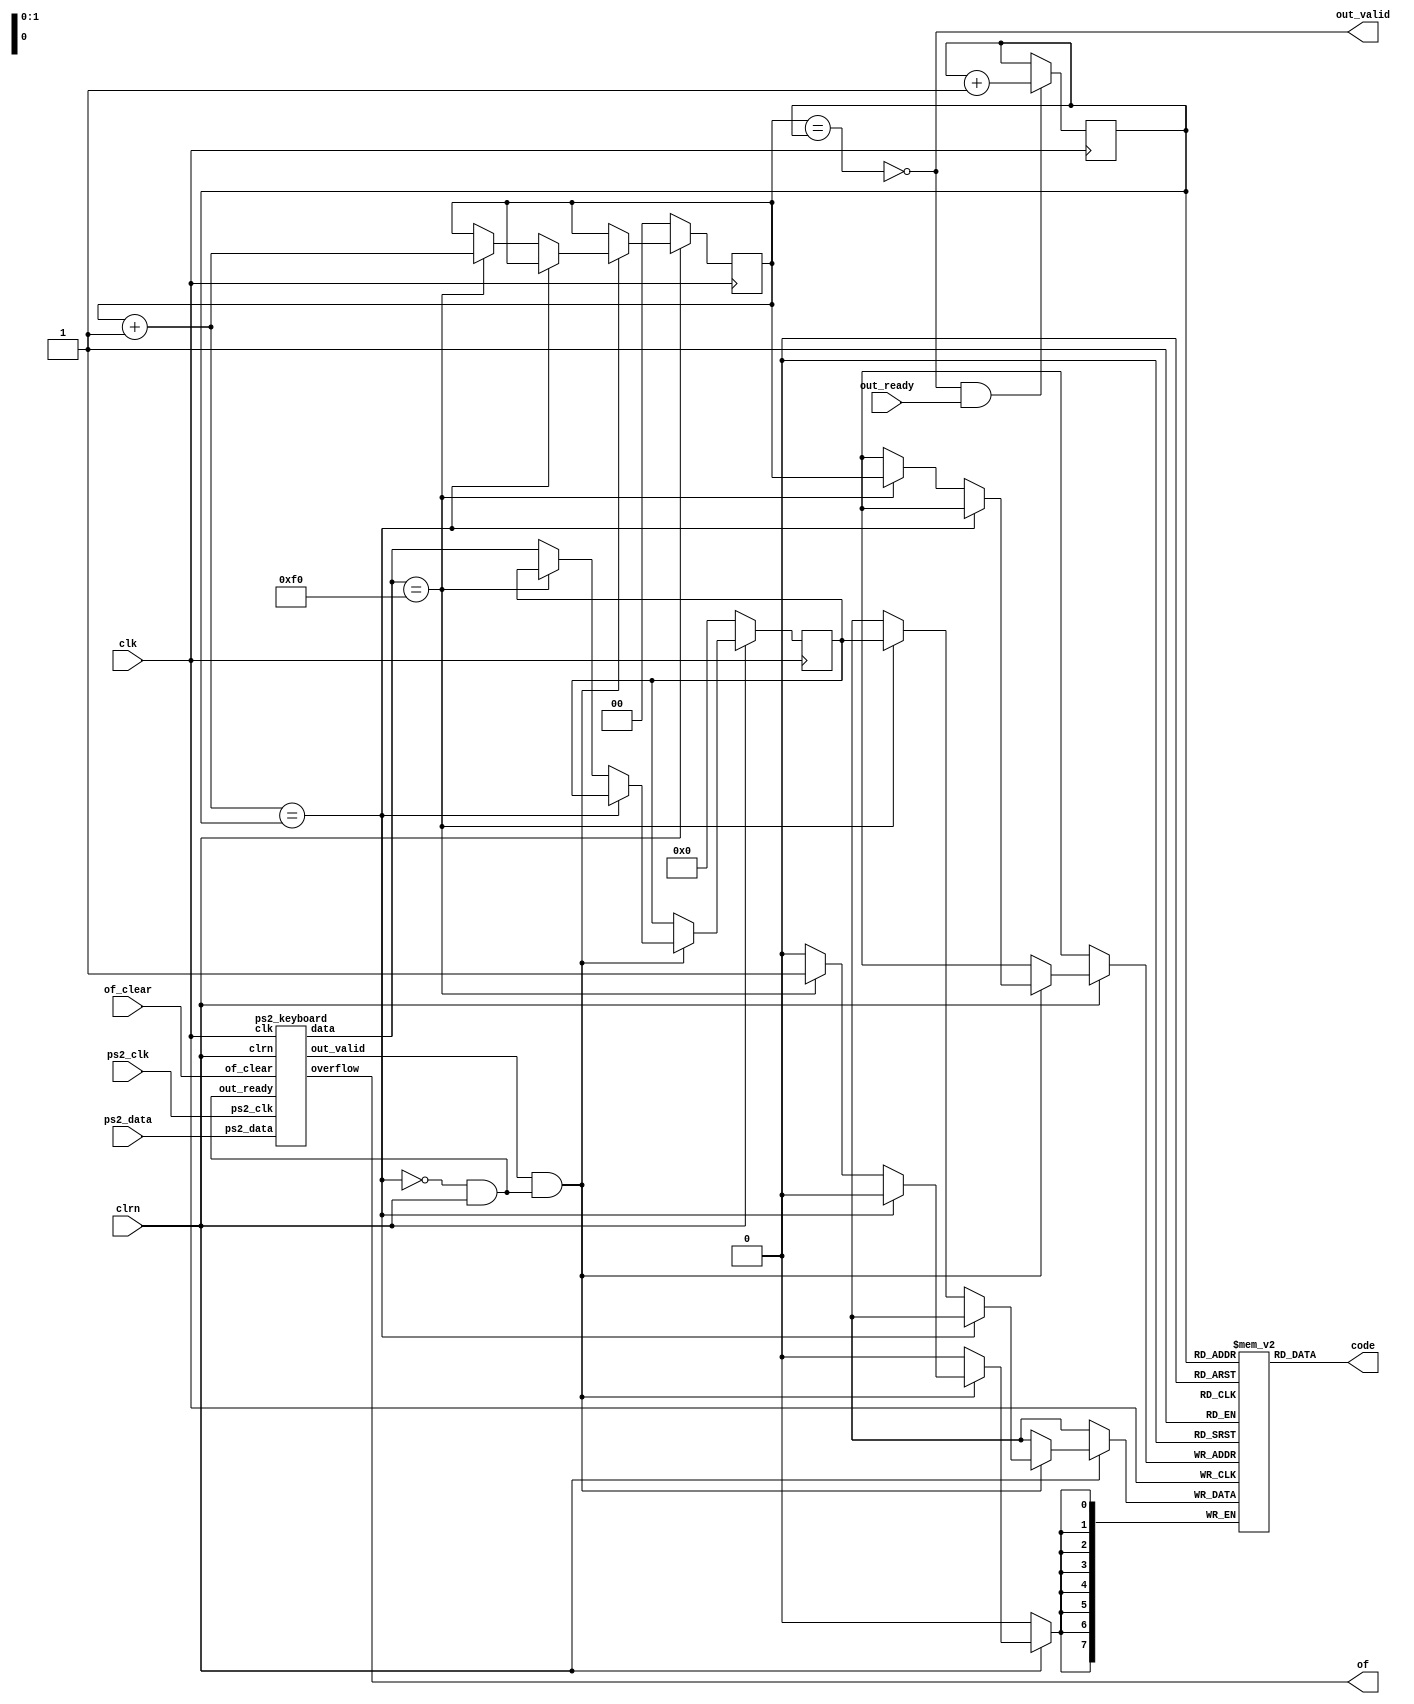
`timescale 1ns / 1ps

module keyboard(
  input clk,
  input clrn,
  input ps2_clk,
  input ps2_data,
  output [7:0] code,
  input out_ready,
  output out_valid,
  input of_clear,
  output of);
  (*mark_debug = "true"*)reg [7:0] data_buffer [3:0];
  (*mark_debug = "true"*)reg [1:0] wptr_r, rptr_r;
  (*mark_debug = "true"*)wire kb_out_valid;
  (*mark_debug = "true"*)wire kb_out_ready;
  (*mark_debug = "true"*)wire [7:0] data;
  (*mark_debug = "true"*)reg [7:0] tmp_code_r;
  (*mark_debug = "true"*)wire full = wptr_r + 2'b1 == rptr_r;
  (*mark_debug = "true"*)wire kb_overflow;
  (*mark_debug = "true"*)wire empty = wptr_r == rptr_r;
  ps2_keyboard keyboard(.clk(clk),.clrn(clrn),.ps2_clk(ps2_clk),.ps2_data(ps2_data),.data(data),.out_valid(kb_out_valid),.out_ready(kb_out_ready),.overflow(kb_overflow),.of_clear(of_clear));
  
  always@(posedge clk) begin
    if(clrn == 0) begin
      wptr_r <= 0;
      rptr_r <= 0;
      tmp_code_r <= 0;
    end
    else begin
      if(kb_out_valid && kb_out_ready)begin
        if(full == 0) begin
          if(data == 8'hf0)begin
            data_buffer[wptr_r] <= tmp_code_r; 
            wptr_r <= wptr_r + 1;
          end
          else begin
            tmp_code_r <= data;
          end
        end
      end
    end
    
    if(out_valid && out_ready) begin
      rptr_r = rptr_r + 1;
    end
  end
  
  assign kb_out_ready = full == 0 && clrn == 1;
  assign out_valid = !empty;
  assign of = kb_overflow;
  assign code = data_buffer[rptr_r];
endmodule

module ps2_keyboard(clk,
                    clrn,
                    ps2_clk,
                    ps2_data,
                    data,
                    out_valid,
                    out_ready,
                    overflow,
                    of_clear);
  input clk,clrn,ps2_clk,ps2_data; 
  input out_ready,of_clear; 
  (*mark_debug = "true"*)output [7:0] data;
  (*mark_debug = "true"*)output reg out_valid;
  output reg overflow; // fifo overflow
  // internal signal, for test
  (*mark_debug = "true"*)reg [9:0] buffer; // ps2_data bits
  reg [7:0] fifo[7:0]; // data fifo
  (*mark_debug = "true"*)reg [2:0] w_ptr,r_ptr; // fifo write and read pointers
  (*mark_debug = "true"*)reg [3:0] count; // count ps2_data bits
 // detect falling edge of ps2_clk
  (*mark_debug = "true"*)reg [2:0] ps2_clk_sync;

  always @(posedge clk) begin
    ps2_clk_sync <= {ps2_clk_sync[1:0],ps2_clk};
  end

  (*mark_debug = "true"*)wire sampling = ps2_clk_sync[2] & ~ps2_clk_sync[1];

  always @(posedge clk) begin
    if (clrn == 0) begin // reset
      count <= 0; w_ptr <= 0; r_ptr <= 0; overflow <= 0; out_valid<= 0;
    end
    else begin
      if (out_valid) begin // read to output next data
        if(out_ready == 1'b1) //read next data
        begin
          r_ptr <= r_ptr + 3'b1;
          if(w_ptr==(r_ptr+1'b1)) //empty
            out_valid <= 1'b0;
        end
      end
      if (sampling) begin
        if (count == 4'd10) begin
          if ((buffer[0] == 0) && (ps2_data) && (^buffer[9:1])) begin // odd parity
            fifo[w_ptr] <= buffer[8:1]; // kbd scan code
            w_ptr <= w_ptr+3'b1;
            out_valid <= 1'b1;
            overflow <= overflow | (r_ptr == (w_ptr + 3'b1));
          end
          count <= 0; // for next
        end
        else begin
          buffer[count] <= ps2_data; // store ps2_data
          count <= count + 3'b1;
        end
      end
      else if(of_clear == 1) begin
        overflow <= 0;
      end
    end
  end
  assign data = fifo[r_ptr]; //always set output data

 endmodule